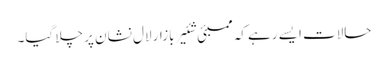
حالات ایسے رہے کہ ممبئی شئیر بازار لال نشان پر چلا گیا۔